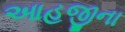
આહજીના